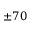
\pm 7 0